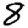
Digit: 8